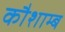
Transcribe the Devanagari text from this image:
कौशाम्ब